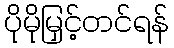
ပိုမိုမြှင့်တင်ရန်